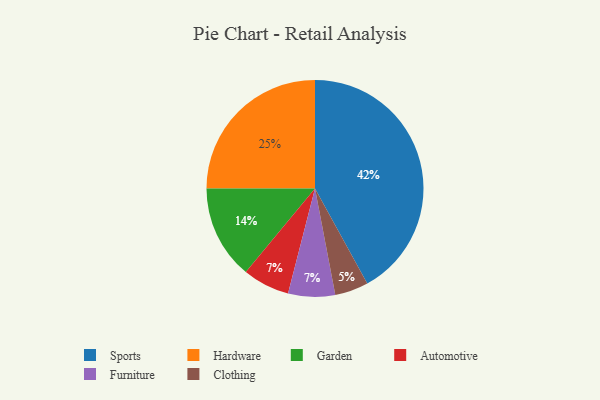
{"axis": {"x": "Category", "y": "Percentage"}, "legend": ["Automotive", "Clothing", "Furniture", "Garden", "Hardware", "Sports"], "data": [{"x": "Automotive", "y": 7, "type": "Automotive"}, {"x": "Sports", "y": 42, "type": "Sports"}, {"x": "Furniture", "y": 7, "type": "Furniture"}, {"x": "Clothing", "y": 5, "type": "Clothing"}, {"x": "Hardware", "y": 25, "type": "Hardware"}, {"x": "Garden", "y": 14, "type": "Garden"}]}